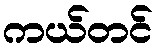
ကယ်တင်